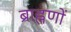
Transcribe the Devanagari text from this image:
ब्राह्नणों